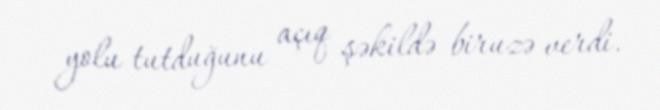
yolu tutduğunu açıq şəkildə biruzə verdi.